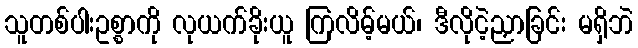
သူတစ်ပါးဥစ္စာကို လုယက်ခိုးယူ ကြလိမ့်မယ်၊ ဒီလိုငဲ့ညှာခြင်း မရှိဘဲ